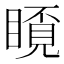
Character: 𥉿